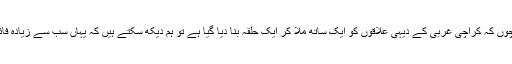
وہ کہتے ہیں کہ "اب چوں کہ کراچی غربی کے دیہی علاقوں کو ایک ساتھ ملا کر ایک حلقہ بنا دیا گیا ہے تو ہم دیکھ سکتے ہیں کہ یہاں سب سے زیادہ فائدے میں کون رہے گا۔